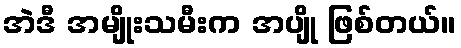
အဲဒီ အမျိုးသမီးက အပျို ဖြစ်တယ်။